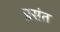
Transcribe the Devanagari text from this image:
प्रसंत